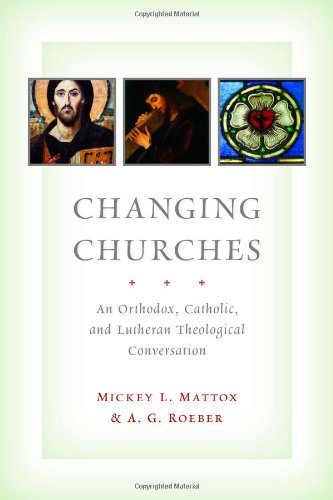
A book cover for Changing Churches: An Orthodox, Catholic, and Lutheran Theological Conversation; Mickey L. Mattox; Christian Books & Bibles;